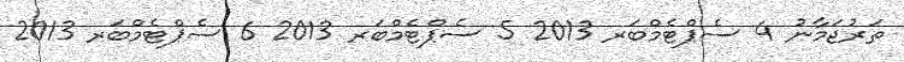
ތަރުޖަމާނު 4 ސެޕްޓެމްބަރ 2013 5 ސެޕްޓެމްބަރ 2013 6 ސެޕްޓެމްބަރ 2013